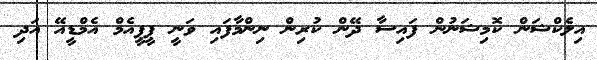
އިލެކްޝަން ކޮމިޝަނުން ފައިސާ ދޭން ކުރިން ނިންމާފައި ވަނީ ޕީޕީއެމް އެމްޑީއޭ އަދި